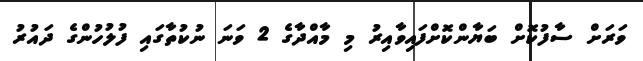
ވަރަށް ސާފުކޮށް ބަޔާންކޮށްފައިވާއިރު މި މާއްދާގެ 2 ވަނަ ނުކުތާގައި ފުލުހުންގެ ދައުރު